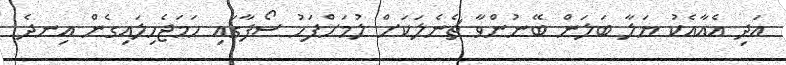
އަދި އެއާއެކު ޔަލާ ބަލަން ބޭނުންވާ ޗެނެލަކަށް ލުމަށްފަހު ސޯފާގައި ހަމަޖެހިލައިގެން އިނދެ